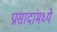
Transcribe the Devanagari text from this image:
प्रासादांमध्ये